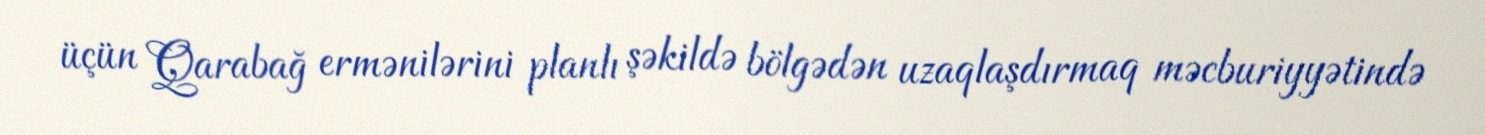
üçün Qarabağ ermənilərini planlı şəkildə bölgədən uzaqlaşdırmaq məcburiyyətində